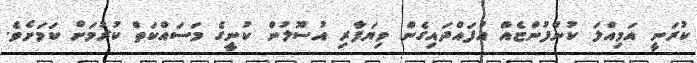
ކުރަނީ އަމިއްލަ ކުންފުންޏެއް އުފައްދައިގެން ވިޔަފާރި އުސޫލުން ކުނީގެ މަސައްކަތް ކުރުމަށް ކަމަށެވެ.